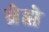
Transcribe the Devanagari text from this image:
ब्रेह्मे